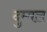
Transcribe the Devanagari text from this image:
दुम्बल